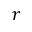
r